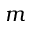
m